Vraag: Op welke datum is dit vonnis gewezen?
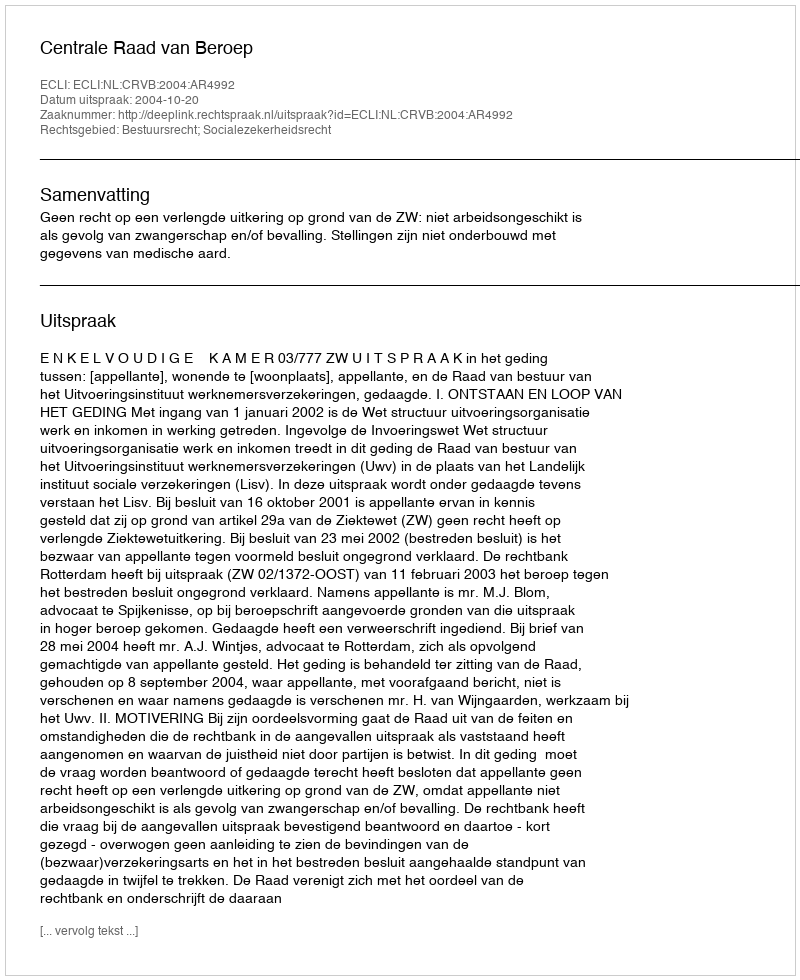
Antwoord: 2004-10-20